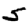
Digit: 5